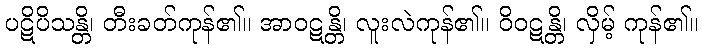
ပဋိပိသန္တိ၊ တီးခတ်ကုန်၏။ အာဝဋန္တိ၊ လူးလဲကုန်၏။ ဝိဝဋန္တိ၊ လှိမ့် ကုန်၏။